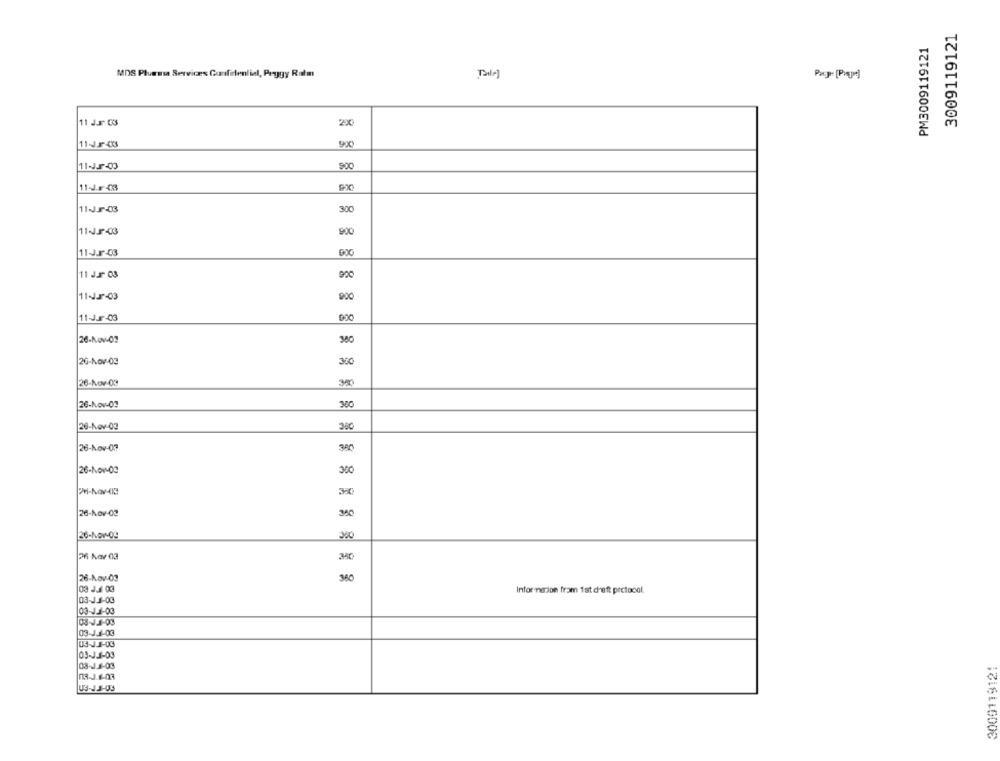
3009119121
PM3009119121
MDS Plumasa Serviræs Confidential, Peggy Ratm
11 J.r C3
900
900
11-J.F43
9X
11-J.J-03
300
900
11-J.J-03
11 J.J- 03
920
11-J .- 03
380
20-Nov-03
300
26-Nov-09
26-Nov-02
26-Nov-09
340
26-Nov-03
380
26-Nov-02
350
26-Nov-03
360
Infor merion fram 1st draft protocol.
03-13-03
03-11-03
08-0.1-03
03-11-03
03-JJ-03
03-1.1-03
3000119121
08-J.1-03
08-3.6-03